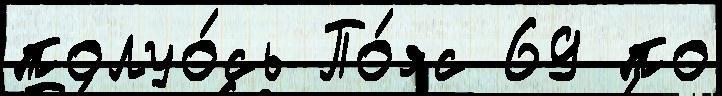
полуо́сь По́яс 69 по